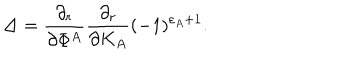
\Delta = { \frac { \partial _ { r } } { \partial \Phi ^ { A } } } { \frac { \partial _ { r } } { \partial K _ { A } } } ( - 1 ) ^ { \varepsilon _ { A } + 1 } .